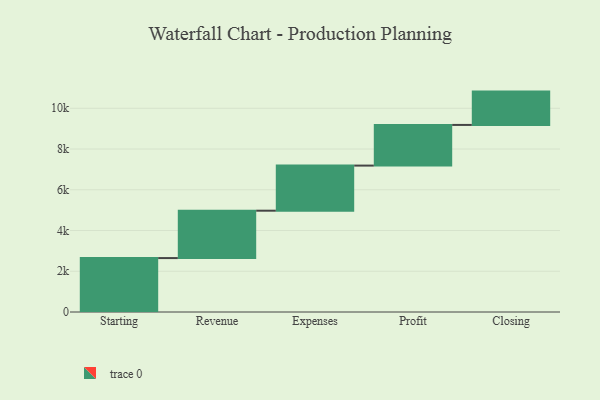
{"axis": {"x": "Step", "y": "Value"}, "legend": [""], "data": [{"x": "Starting", "y": 2647.0, "type": ""}, {"x": "Revenue", "y": 2326.0, "type": ""}, {"x": "Expenses", "y": 2214.0, "type": ""}, {"x": "Profit", "y": 1996.0, "type": ""}, {"x": "Closing", "y": 1636.0, "type": ""}]}